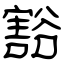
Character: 豁